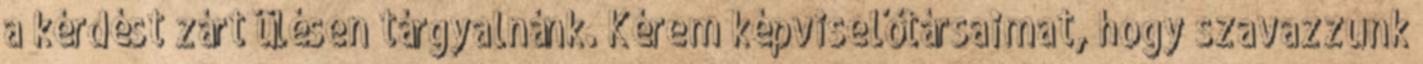
a kérdést zárt ülésen tárgyalnánk. Kérem képviselőtársaimat, hogy szavazzunk